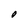
Character: O